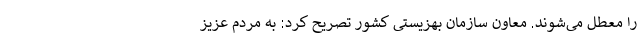
را معطل می‌شوند. معاون سازمان بهزیستی کشور تصریح کرد: به مردم عزیز